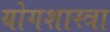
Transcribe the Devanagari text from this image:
योगशास्त्रा